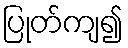
ပြုတ်ကျ၍